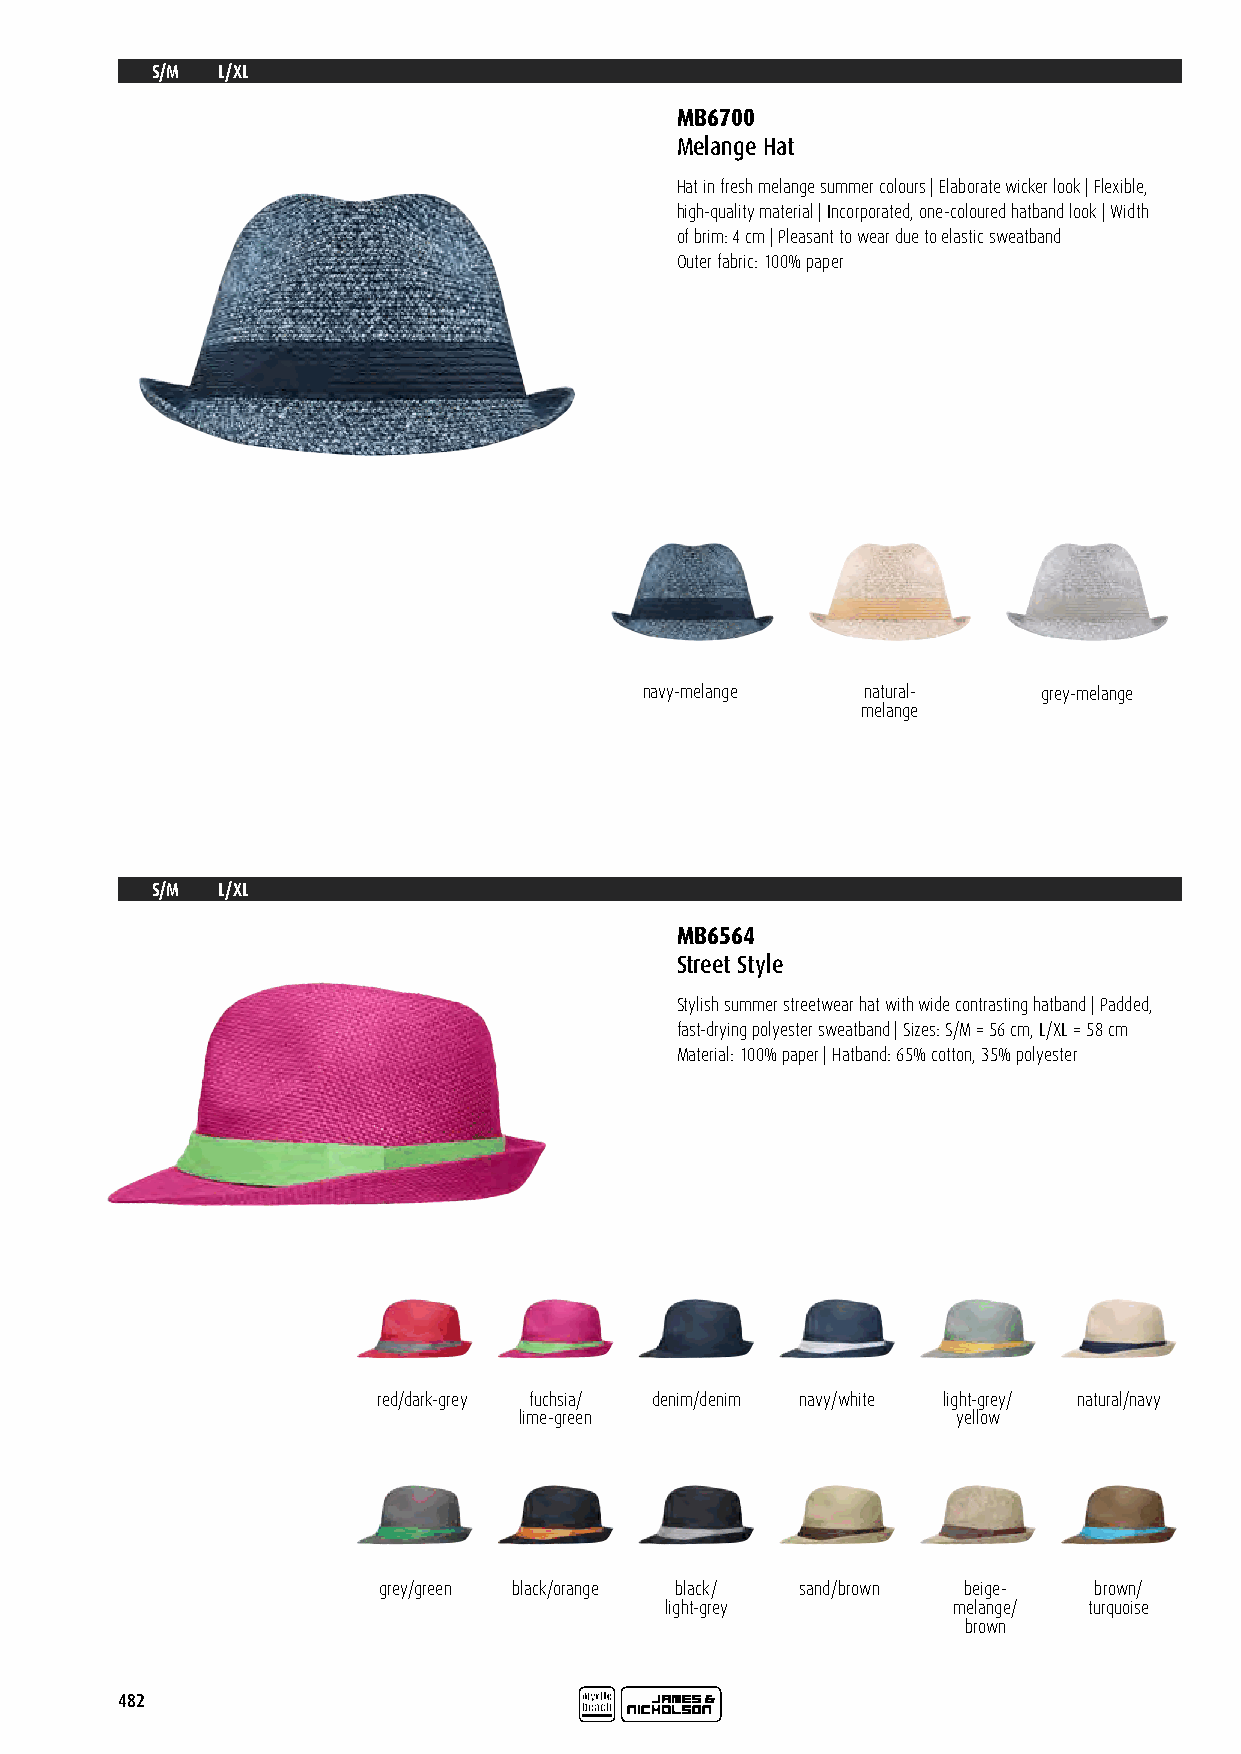
S/M L/XL
 MB6700
 Melange Hat
 Hat in fresh melange summer colours | Elaborate wicker look | Flexible,
 high-quality material | Incorporated, one-coloured hatband look | Width
 of brim: 4 cm | Pleasant to wear due to elastic sweatband
 Outer fabric: 100% paper
 navy-melange  natural-    grey-melange
 melange
 S/M L/XL
 MB6564
 Street Style
 Stylish summer streetwear hat with wide contrasting hatband | Padded,
 fast-drying polyester sweatband | Sizes: S/M = 56 cm, L/XL = 58 cm
 Material: 100% paper | Hatband: 65% cotton, 35% polyester
 red/dark-grey fuchsia/ denim/denim navy/white light-grey/ natural/navy
 lime-green                   yellow
 grey/green black/orange black/ sand/brown beige- brown/
 light-grey         melange/ turquoise
 brown
 482